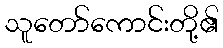
သူတော်ကောင်းတို့၏